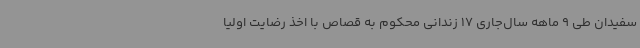
سفیدان طی 9 ماهه سال‌جاری 17 زندانی محکوم به قصاص با اخذ رضایت اولیا